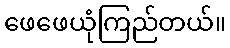
ဖေဖေယုံကြည်တယ်။